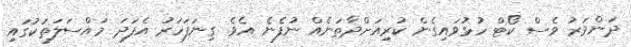
ދަންވަރު ވެސް ކޯޓް ހުޅުވައިގެން ކުރިއަށްދާތަނެއް ނުފެނެ އެވެ. ގިނަފަހަރު އެފަދަ މައްސަލަތަކުގައި